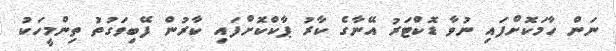
ނަން ހާމަކޮށްފައި ނުވާ ޑޮކްޓަރު އޭނާގެ ކާރު ޕާކްކޮށްފައި ކާރުން ފޭބިވަގުތު ތިންމީހަކު